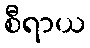
စီရာယ